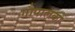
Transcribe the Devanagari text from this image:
गौपालकों